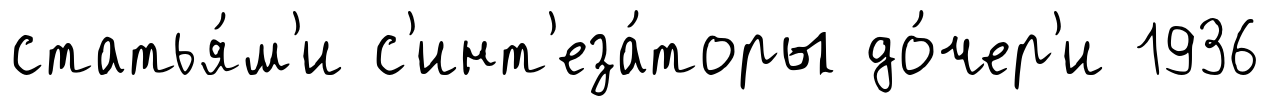
статья́м'и с'инт'еза́торы до́чер'и 1936